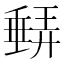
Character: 𱗼